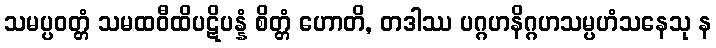
သမပ္ပဝတ္တံ သမထဝီထိပဋိပန္နံ စိတ္တံ ဟောတိ, တဒါဿ ပဂ္ဂဟနိဂ္ဂဟသမ္ပဟံသနေသု န